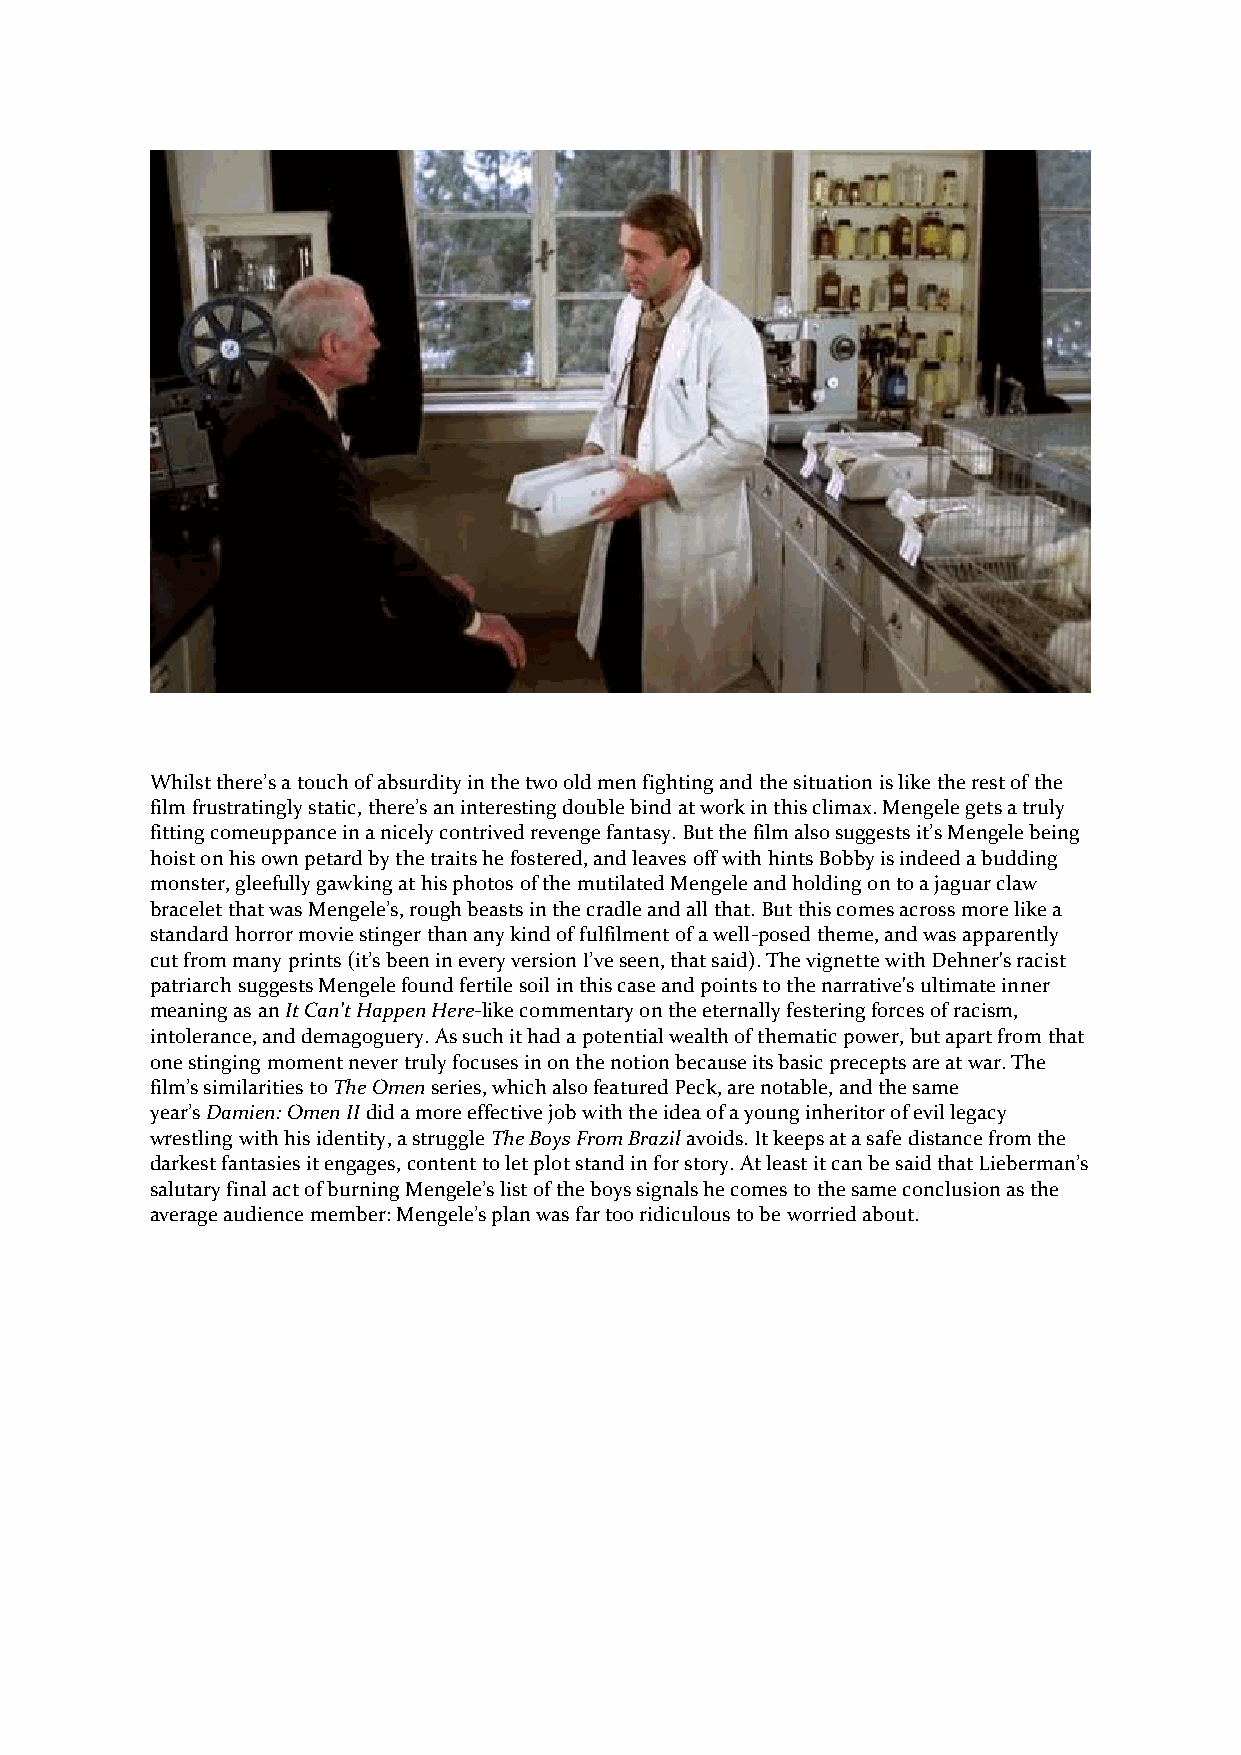
Whilst there’s a touch of absurdity in the two old men fighting and the situation is like the rest of the
 film frustratingly static, there’s an interesting double bind at work in this climax. Mengele gets a truly
 fitting comeuppance in a nicely contrived revenge fantasy. But the film also suggests it’s Mengele being
 hoist on his own petard by the traits he fostered, and leaves off with hints Bobby is indeed a budding
 monster, gleefully gawking at his photos of the mutilated Mengele and holding on to a jaguar claw
 bracelet that was Mengele’s, rough beasts in the cradle and all that. But this comes across more like a
 standard horror movie stinger than any kind of fulfilment of a well-posed theme, and was apparently
 cut from many prints (it’s been in every version I’ve seen, that said). The vignette with Dehner's racist
 patriarch suggests Mengele found fertile soil in this case and points to the narrative's ultimate inner
 meaning as an It Can't Happen Here-like commentary on the eternally festering forces of racism,
 intolerance, and demagoguery. As such it had a potential wealth of thematic power, but apart from that
 one stinging moment never truly focuses in on the notion because its basic precepts are at war. The
 film’s similarities to The Omen series, which also featured Peck, are notable, and the same
 year’s Damien: Omen II did a more effective job with the idea of a young inheritor of evil legacy
 wrestling with his identity, a struggle The Boys From Brazil avoids. It keeps at a safe distance from the
 darkest fantasies it engages, content to let plot stand in for story. At least it can be said that Lieberman’s
 salutary final act of burning Mengele’s list of the boys signals he comes to the same conclusion as the
 average audience member: Mengele’s plan was far too ridiculous to be worried about.